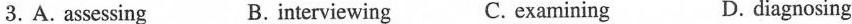
3. A .assessing B. interviewing C. examining D. diagnosing